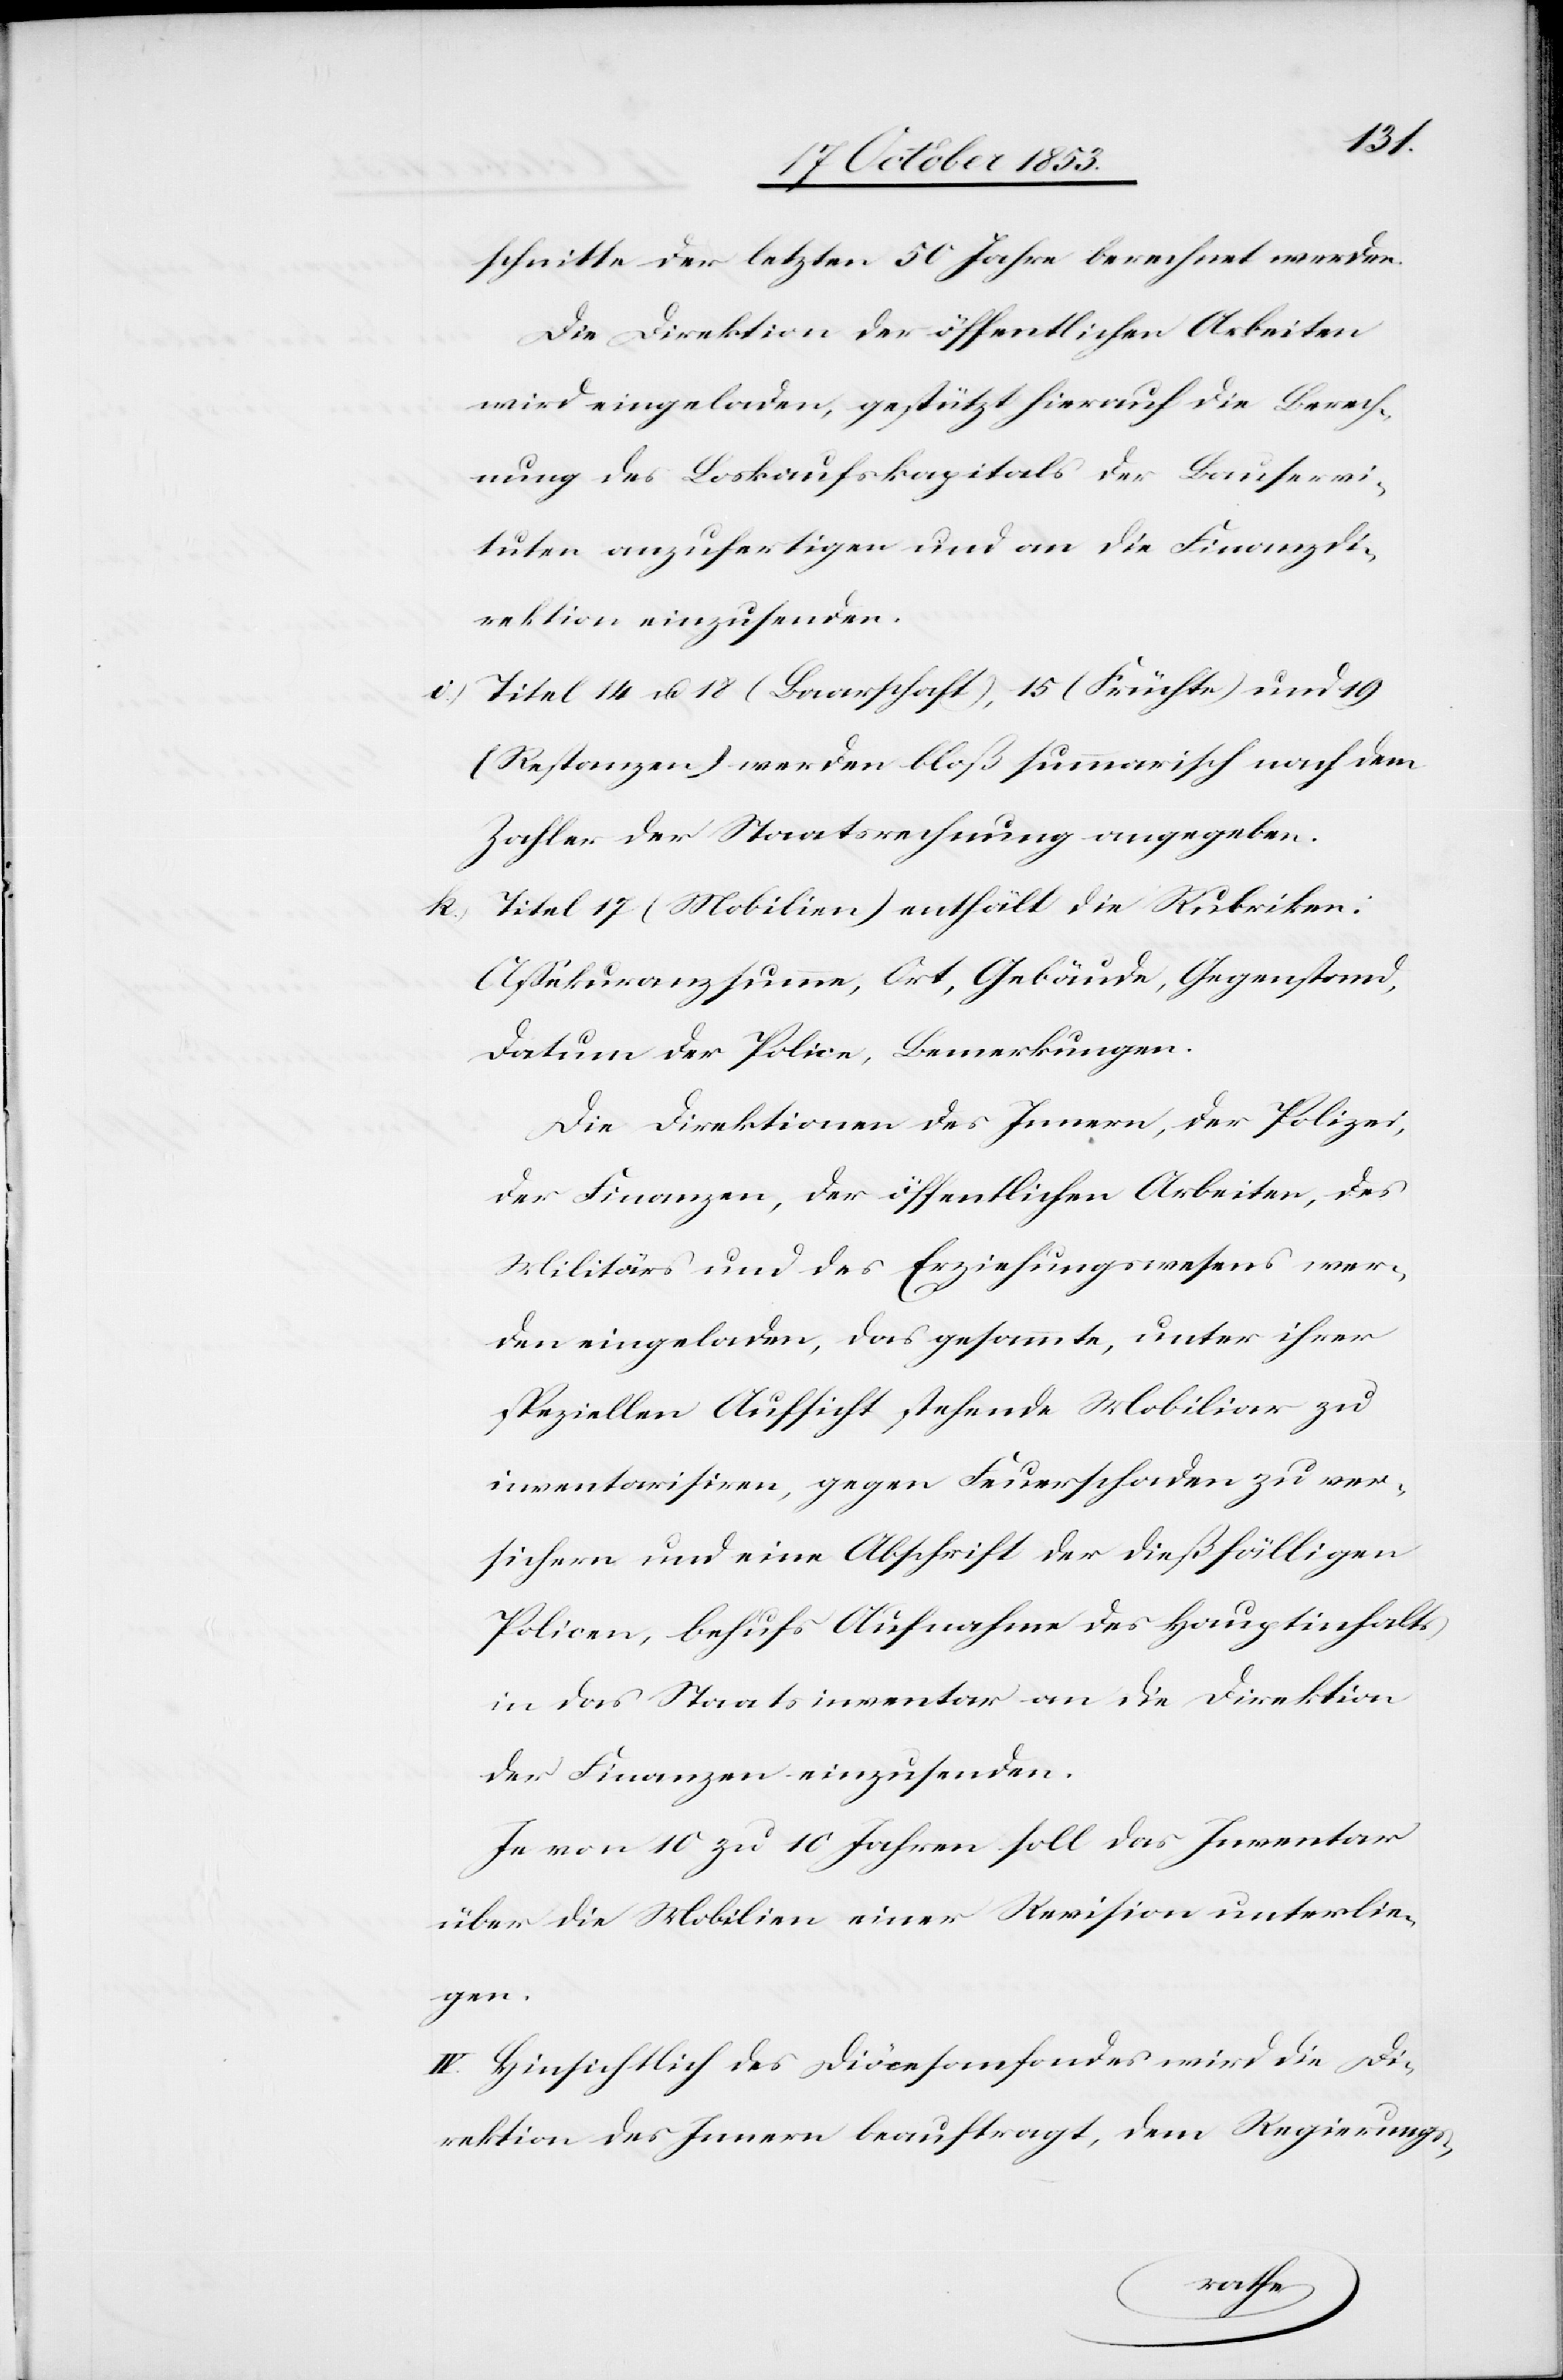
schnitte der letzten 50 Jahre berechnet werden.
Die Direktion der öffentlichen Arbeiten
wird eingelanden, gestützt hierauf die Berech¬
nung des Loskaufskapitals der Bauservi¬
tuten anzufertigen und an die Finanzdi¬
rektion einzusenden.
Titel 14 u. 18 (Baarschaft), 15 (Früchte) und 19
k.)
(Restanzen) werden bloß summarisch nach dem
Zahler der Staatsrechnung angegeben.
l Titel 17 (Mobilien) enthält die Rubriken:
(Aßekuranzsumme, Ort, Gebäude, Gegenstand,
Datum der Polizei, Bemerkungen.
Die Direktionen des Innern, der Polizei,
der Finanzen, der öffentlichen Arbeiten, des
Militärs und des Erziehungswesens wer¬
den eingeladen, das gesammte, unter ihrer
speziellen Aufsicht stehende Mobiliar zu
inventarisiren, gegen Feuerschaden zu ver¬
sichern und eine Abschrift der dießfälligen
Policen, behufs Aufnahme des Hauptinhalts
in das Staatsinventar an die Direktion
der Finanzen einzusenden.
Je von 10 zu 10 Jahren soll das Inventar
über die Mobilien einer Revision unterlie¬
gen.
IV. Hinsichtlich des Diöcesanfondes wird die Di¬
rektion des Innern beauftragt, dem Regierungs-
Tite¬